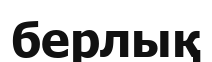
берлық